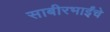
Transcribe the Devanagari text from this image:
साबीरभाईंचे